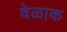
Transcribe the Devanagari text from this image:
वेळाक